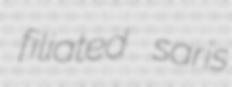
filiated saris